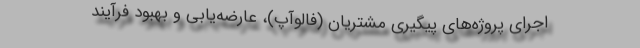
اجرای پروژه‌های پیگیری مشتریان (فالوآپ)، عارضه‌یابی و بهبود فرآیند